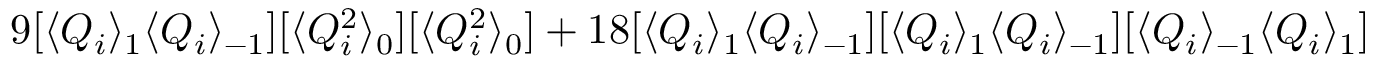
9 [ \langle Q _ { i } \rangle _ { 1 } \langle Q _ { i } \rangle _ { - 1 } ] [ \langle Q _ { i } ^ { 2 } \rangle _ { 0 } ] [ \langle Q _ { i } ^ { 2 } \rangle _ { 0 } ] + 1 8 [ \langle Q _ { i } \rangle _ { 1 } \langle Q _ { i } \rangle _ { - 1 } ] [ \langle Q _ { i } \rangle _ { 1 } \langle Q _ { i } \rangle _ { - 1 } ] [ \langle Q _ { i } \rangle _ { - 1 } \langle Q _ { i } \rangle _ { 1 } ]